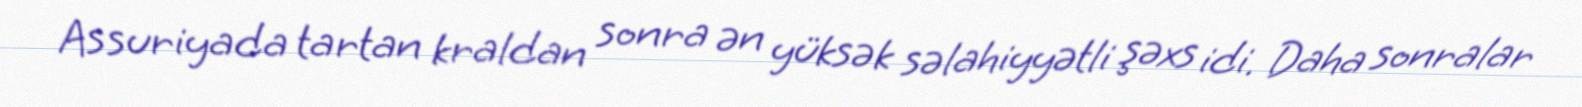
Assuriyada tartan kraldan sonra ən yüksək səlahiyyətli şəxs idi. Daha sonralar